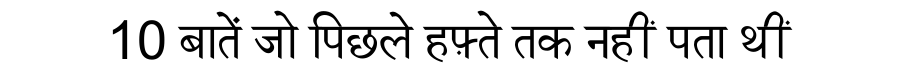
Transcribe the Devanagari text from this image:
10 बातें जो पिछले हफ़्ते तक नहीं पता थीं